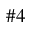
\# 4